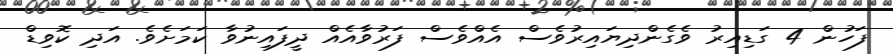
ފަހުން 4 ގަޑިއިރު ވެގެންދިޔައިރުވެސް އެެއްވެސް ފަރުވާއެއް ދީފައިނުވާ ކަމަށެވެ. އަދި ކޮވިޑް